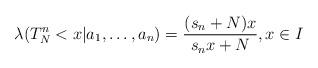
LaTeX: \begin{align*}\lambda (T^n_N < x |a_1,\ldots, a_n )= \frac{(s_n + N)x}{s_n x+N}, x \in I \end{align*}